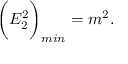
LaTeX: \bigg ( E _ { 2 } ^ { 2 } \bigg ) _ { m i n } = m ^ { 2 } .